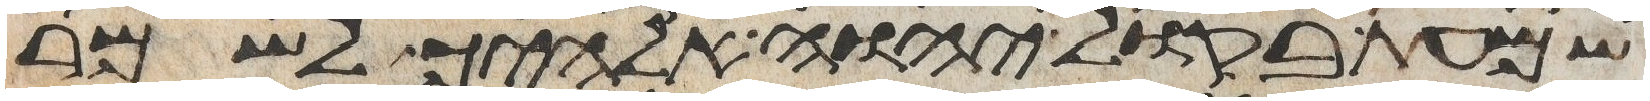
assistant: שמעת בקול יהוה אלהיך לשמר